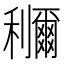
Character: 鿠